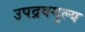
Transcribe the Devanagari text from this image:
उपद्रवमुल्य